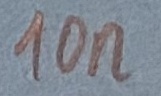
Text: 10n